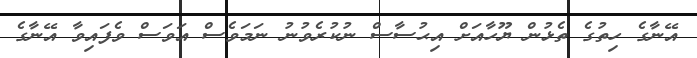
އޭނާގެ ހިތުގެ ތެޅުން ޔޫހާއަށް އިޙުސާސް ނުކުރެވުނު ނަމަވެސް އަވަސް ވެފައިވާ އޭނާގެ